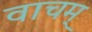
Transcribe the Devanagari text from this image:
वाचम्